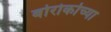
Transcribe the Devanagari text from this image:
बोरोकोच्या